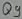
Text: Q9